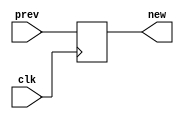
`timescale 1ns / 1ps
//////////////////////////////////////////////////////////////////////////////////
// Company: 
// Engineer: 
// 
// Design Name: 
// Module Name: button_damper
// Project Name: 
// Target Devices: 
// Tool Versions: 
// Description: 
// 
// Dependencies: 
// 
// Revision:
// Revision 0.01 - File Created
// Additional Comments:
// 
//////////////////////////////////////////////////////////////////////////////////


module button_damper(input clk, prev, output reg new);

    always @ (posedge clk) begin
        new <= prev;
    end

endmodule